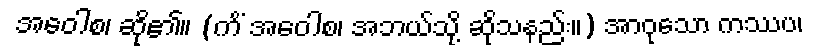
အဝေါစ၊ ဆို၏။ (ကိံ အဝေါစ၊ အဘယ်သို့ ဆိုသနည်း။) အာဝုသော ကဿပ၊